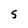
Character: S